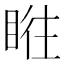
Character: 𥆜